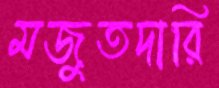
মজুতদারি